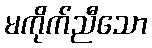
မကိုက်ညီသော